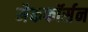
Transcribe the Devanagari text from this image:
मैकफॉर्सन